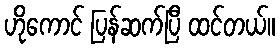
ဟိုကောင် ပြန်ဆက်ပြီ ထင်တယ်။